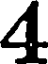
4